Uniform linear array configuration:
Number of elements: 32
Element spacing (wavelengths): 1
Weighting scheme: uniform
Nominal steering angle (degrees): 0
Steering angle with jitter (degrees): -1.62
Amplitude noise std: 0.05
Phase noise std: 0.05

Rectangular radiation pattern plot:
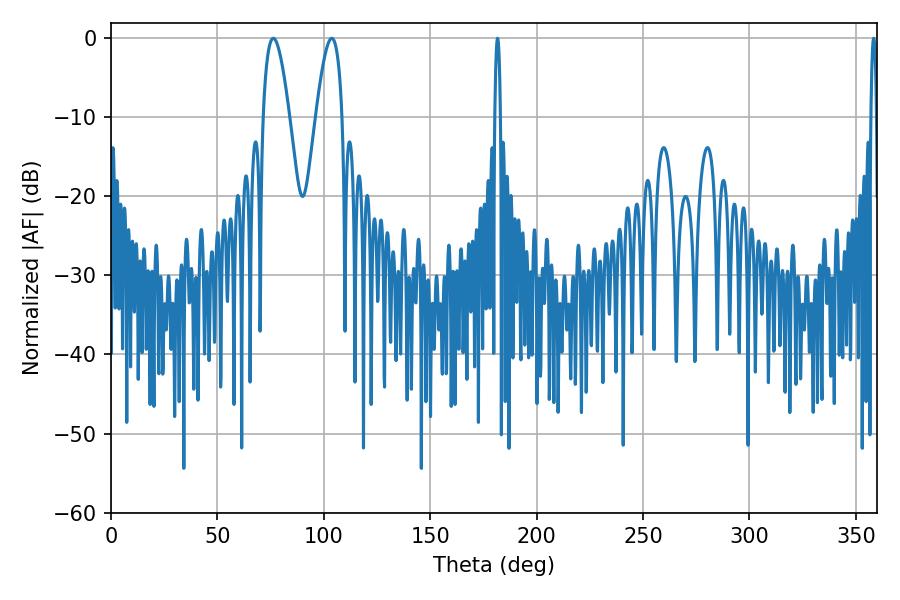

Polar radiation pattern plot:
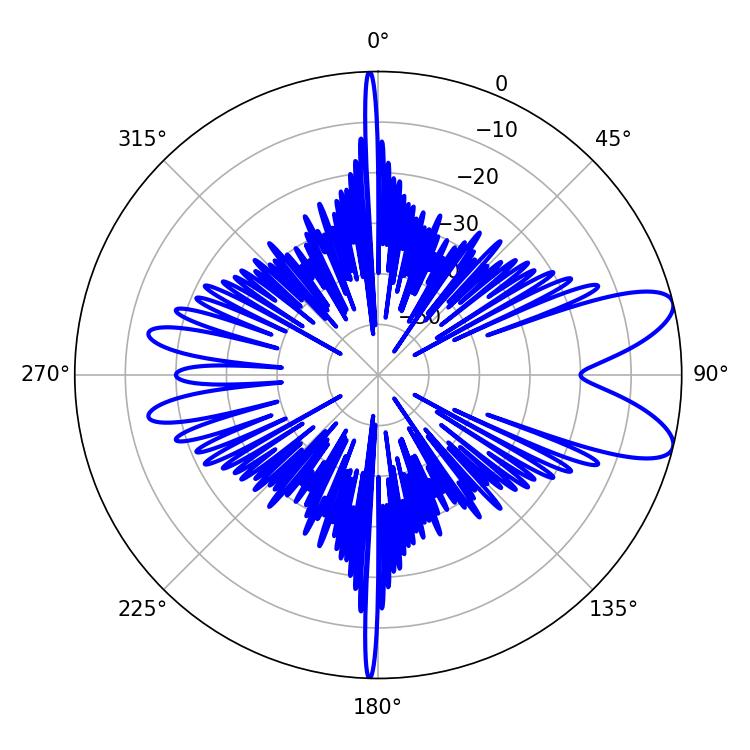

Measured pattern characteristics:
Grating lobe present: TRUE
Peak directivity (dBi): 9.151
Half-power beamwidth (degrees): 6.84
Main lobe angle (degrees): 76.32